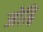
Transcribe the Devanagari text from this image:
जोह्रि